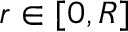
r \in [ 0 , R ]